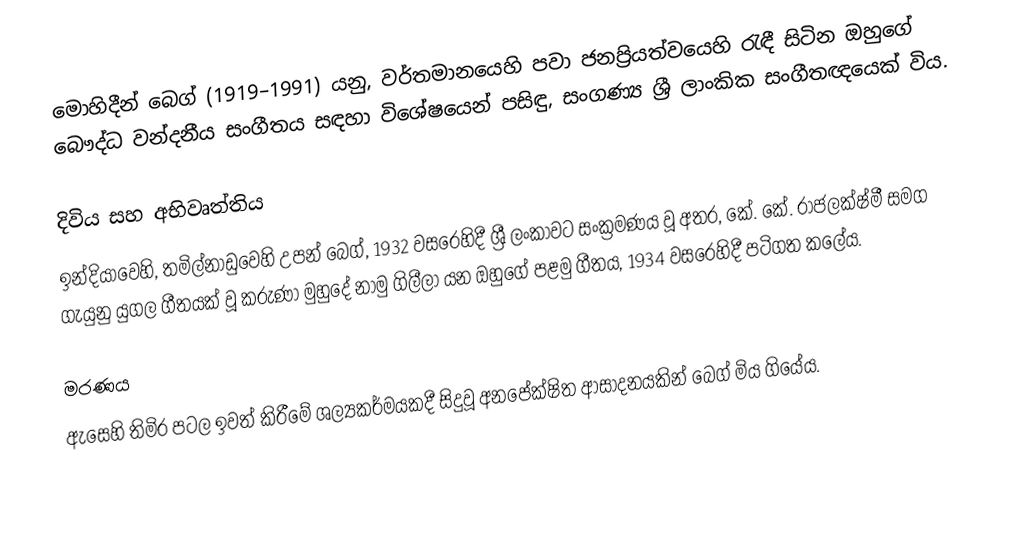
මොහිදීන් බෙග් (1919–1991) යනු,  වර්තමානයෙහි පවා ජනප්‍රියත්වයෙහි රැඳී සිටින ඔහුගේ බෞද්ධ වන්දනීය සංගීතය සඳහා විශේෂයෙන් පසිඳු,  සංගණ්‍ය ශ්‍රී ලාංකික සංගීතඥයෙක් විය.

දිවිය සහ අභිවෘත්තිය
ඉන්දියාවෙහි, තමිල්නාඩුවෙහි උපන් බෙග්, 1932 වසරෙහිදී ශ්‍රී ලංකාවට සංක්‍රමණය වූ අතර, කේ. කේ. රාජලක්ෂ්මී සමග ගැයුනු යුගල ගීතයක් වූ  කරුණා මුහුදේ නාමු ගිලීලා  යන ඔහුගේ පළමු ගීතය,  1934 වසරෙහිදී පටිගත කලේය.

මරණය
ඇසෙහි තිමිර පටල ඉවත් කිරීමේ ශල්‍යකර්මයකදී සිදුවූ අනපේක්ෂිත ආසාදනයකින් බෙග් මිය ගියේය.